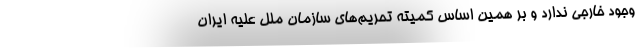
وجود خارجی ندارد و بر همین اساس کمیته تحریم‌های سازمان ملل علیه ایران